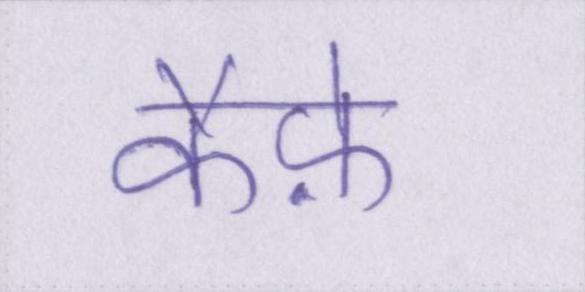
कैफ़े